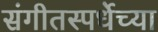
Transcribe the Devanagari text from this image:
संगीतस्पर्धेच्या